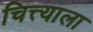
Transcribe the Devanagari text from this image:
चित्त्याला